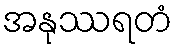
အနုဿရတံ